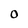
Character: O